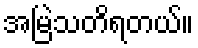
အမြဲသတိရတယ်။